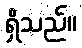
ရှိသည်။